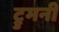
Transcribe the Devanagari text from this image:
ट्रुमनी